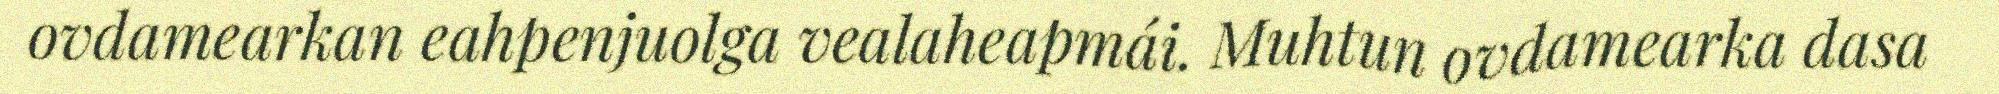
ovdamearkan eahpenjuolga vealaheapmái. Muhtun ovdamearka dasa